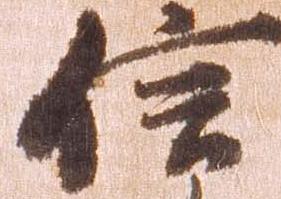
信